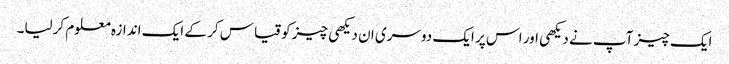
ایک چیز آپ نے دیکھی اور اس پر ایک دوسری ان دیکھی چیز کو قیاس کر کے ایک اندازہ معلوم کرلیا۔